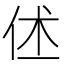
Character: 𬽼